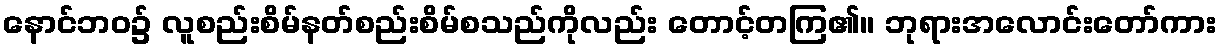
နောင်ဘဝ၌ လူစည်းစိမ်နတ်စည်းစိမ်စသည်ကိုလည်း တောင့်တကြ၏။ ဘုရားအလောင်းတော်ကား